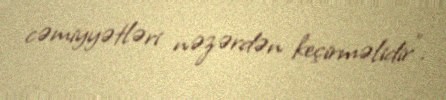
cəmiyyətləri nəzərdən keçirməlidir”.